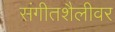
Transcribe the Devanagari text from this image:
संगीतशैलीवर